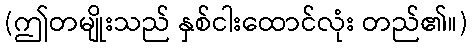
(ဤတမျိုးသည် နှစ်ငါးထောင်လုံး တည်၏။)